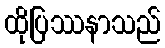
ထိုပြဿနာသည်